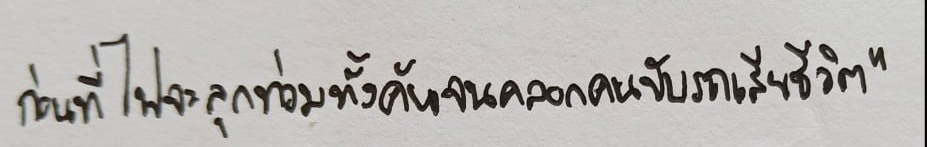
ก่อนที่ไฟจะลุกท่วมทั้งคันจนคลอกคนขับรถเสียชีวิต"